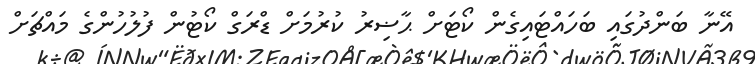
އޭނާ ބަންދުގައި ބަހައްޓައިގެން ކޯޓަށް ޙާޟިރު ކުރުމަށް ޑްރަގް ކޯޓުން ފުލުހުންގެ މައްޗަށް